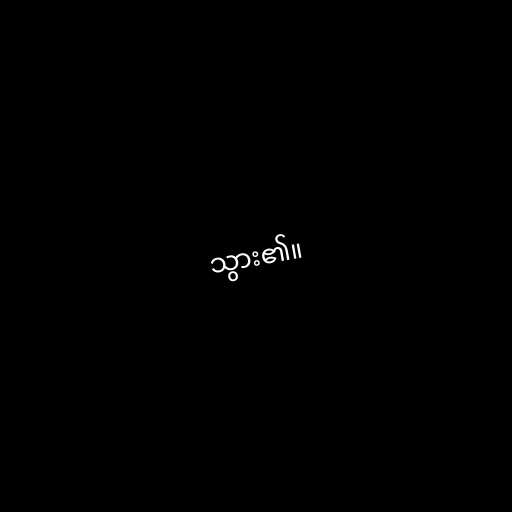
သွား၏။